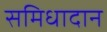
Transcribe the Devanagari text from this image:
समिधादान